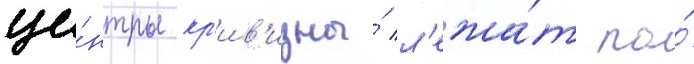
це́нтры кр'ив'изны́ л'ежа́т по́